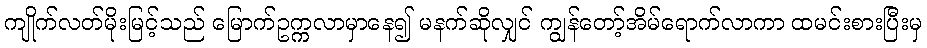
ကျိုက်လတ်မိုးမြင့်သည် မြောက်ဥက္ကလာမှာနေ၍ မနက်ဆိုလျှင် ကျွန်တော့်အိမ်ရောက်လာကာ ထမင်းစားပြီးမှ